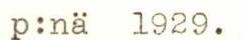
p:nä 1929.